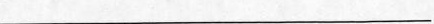
___